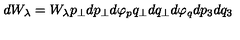
d W _ { \lambda } = W _ { \lambda } p _ { \perp } d p _ { \perp } d \varphi _ { p } q _ { \perp } d q _ { \perp } d \varphi _ { q } d p _ { 3 } d q _ { 3 }